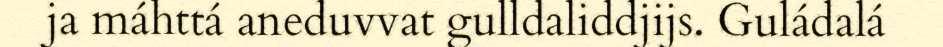
ja máhttá aneduvvat gulldaliddjijs. Guládalá